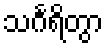
သင်္ဂရိတွာ